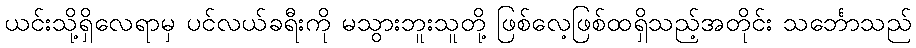
ယင်းသို့ရှိလေရာမှ ပင်လယ်ခရီးကို မသွားဘူးသူတို့ ဖြစ်လေ့ဖြစ်ထရှိသည့်အတိုင်း သင်္ဘောသည်